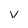
Character: V